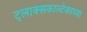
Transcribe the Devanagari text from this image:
ट्लाक्सकाल्टेकाच्या